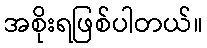
အစိုးရဖြစ်ပါတယ်။